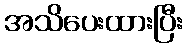
အသိပေးထားပြီး